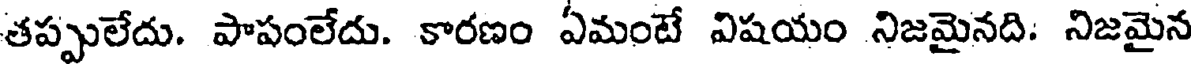
తప్పులేదు. పాపంలేదు. కారణం ఏమంటే విషయం నిజమైనది: నిజమైన